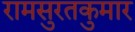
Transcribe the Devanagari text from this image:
रामसुरतकुमार